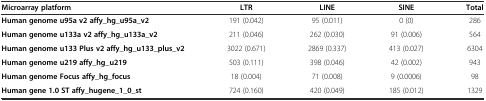
<table><thead><tr><td><b>Microarray platform</b></td><td><b>LTR</b></td><td><b>LINE</b></td><td><b>SINE</b></td><td><b>Total</b></td></tr></thead><tbody><tr><td><b>Human genome u95a v2 affy_hg_u95a_v2</b></td><td>191 (0.042)</td><td>95 (0.011)</td><td>0 (0)</td><td>286</td></tr><tr><td><b>Human genome u133a v2 affy_hg_u133a_v2</b></td><td>211 (0.046)</td><td>262 (0.030)</td><td>91 (0.006)</td><td>564</td></tr><tr><td><b>Human genome u133 Plus v2 affy_hg_u133_plus_v2</b></td><td>3022 (0.671)</td><td>2869 (0.337)</td><td>413 (0.027)</td><td>6304</td></tr><tr><td><b>Human genome u219 affy_hg_u219</b></td><td>503 (0.111)</td><td>398 (0.046)</td><td>42 (0.002)</td><td>943</td></tr><tr><td><b>Human genome Focus affy_hg_focus</b></td><td>18 (0.004)</td><td>71 (0.008)</td><td>9 (0.0006)</td><td>98</td></tr><tr><td><b>Human gene 1.0 ST affy_hugene_1_0_st</b></td><td>724 (0.160)</td><td>420 (0.049)</td><td>185 (0.012)</td><td>1329</td></tr></tbody></table>